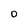
Character: 0